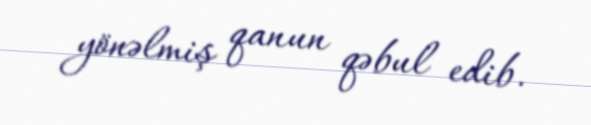
yönəlmiş qanun qəbul edib.